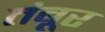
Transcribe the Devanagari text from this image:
तंबूर